Bréfritari: Sigríður Pálsdóttir
Viðtakandi: Páll Pálsson
Dagsetning: A-1870-02-21
Skrifað á: Breiðabólsstað  Rang.
Páll var bróðir Sigríðar

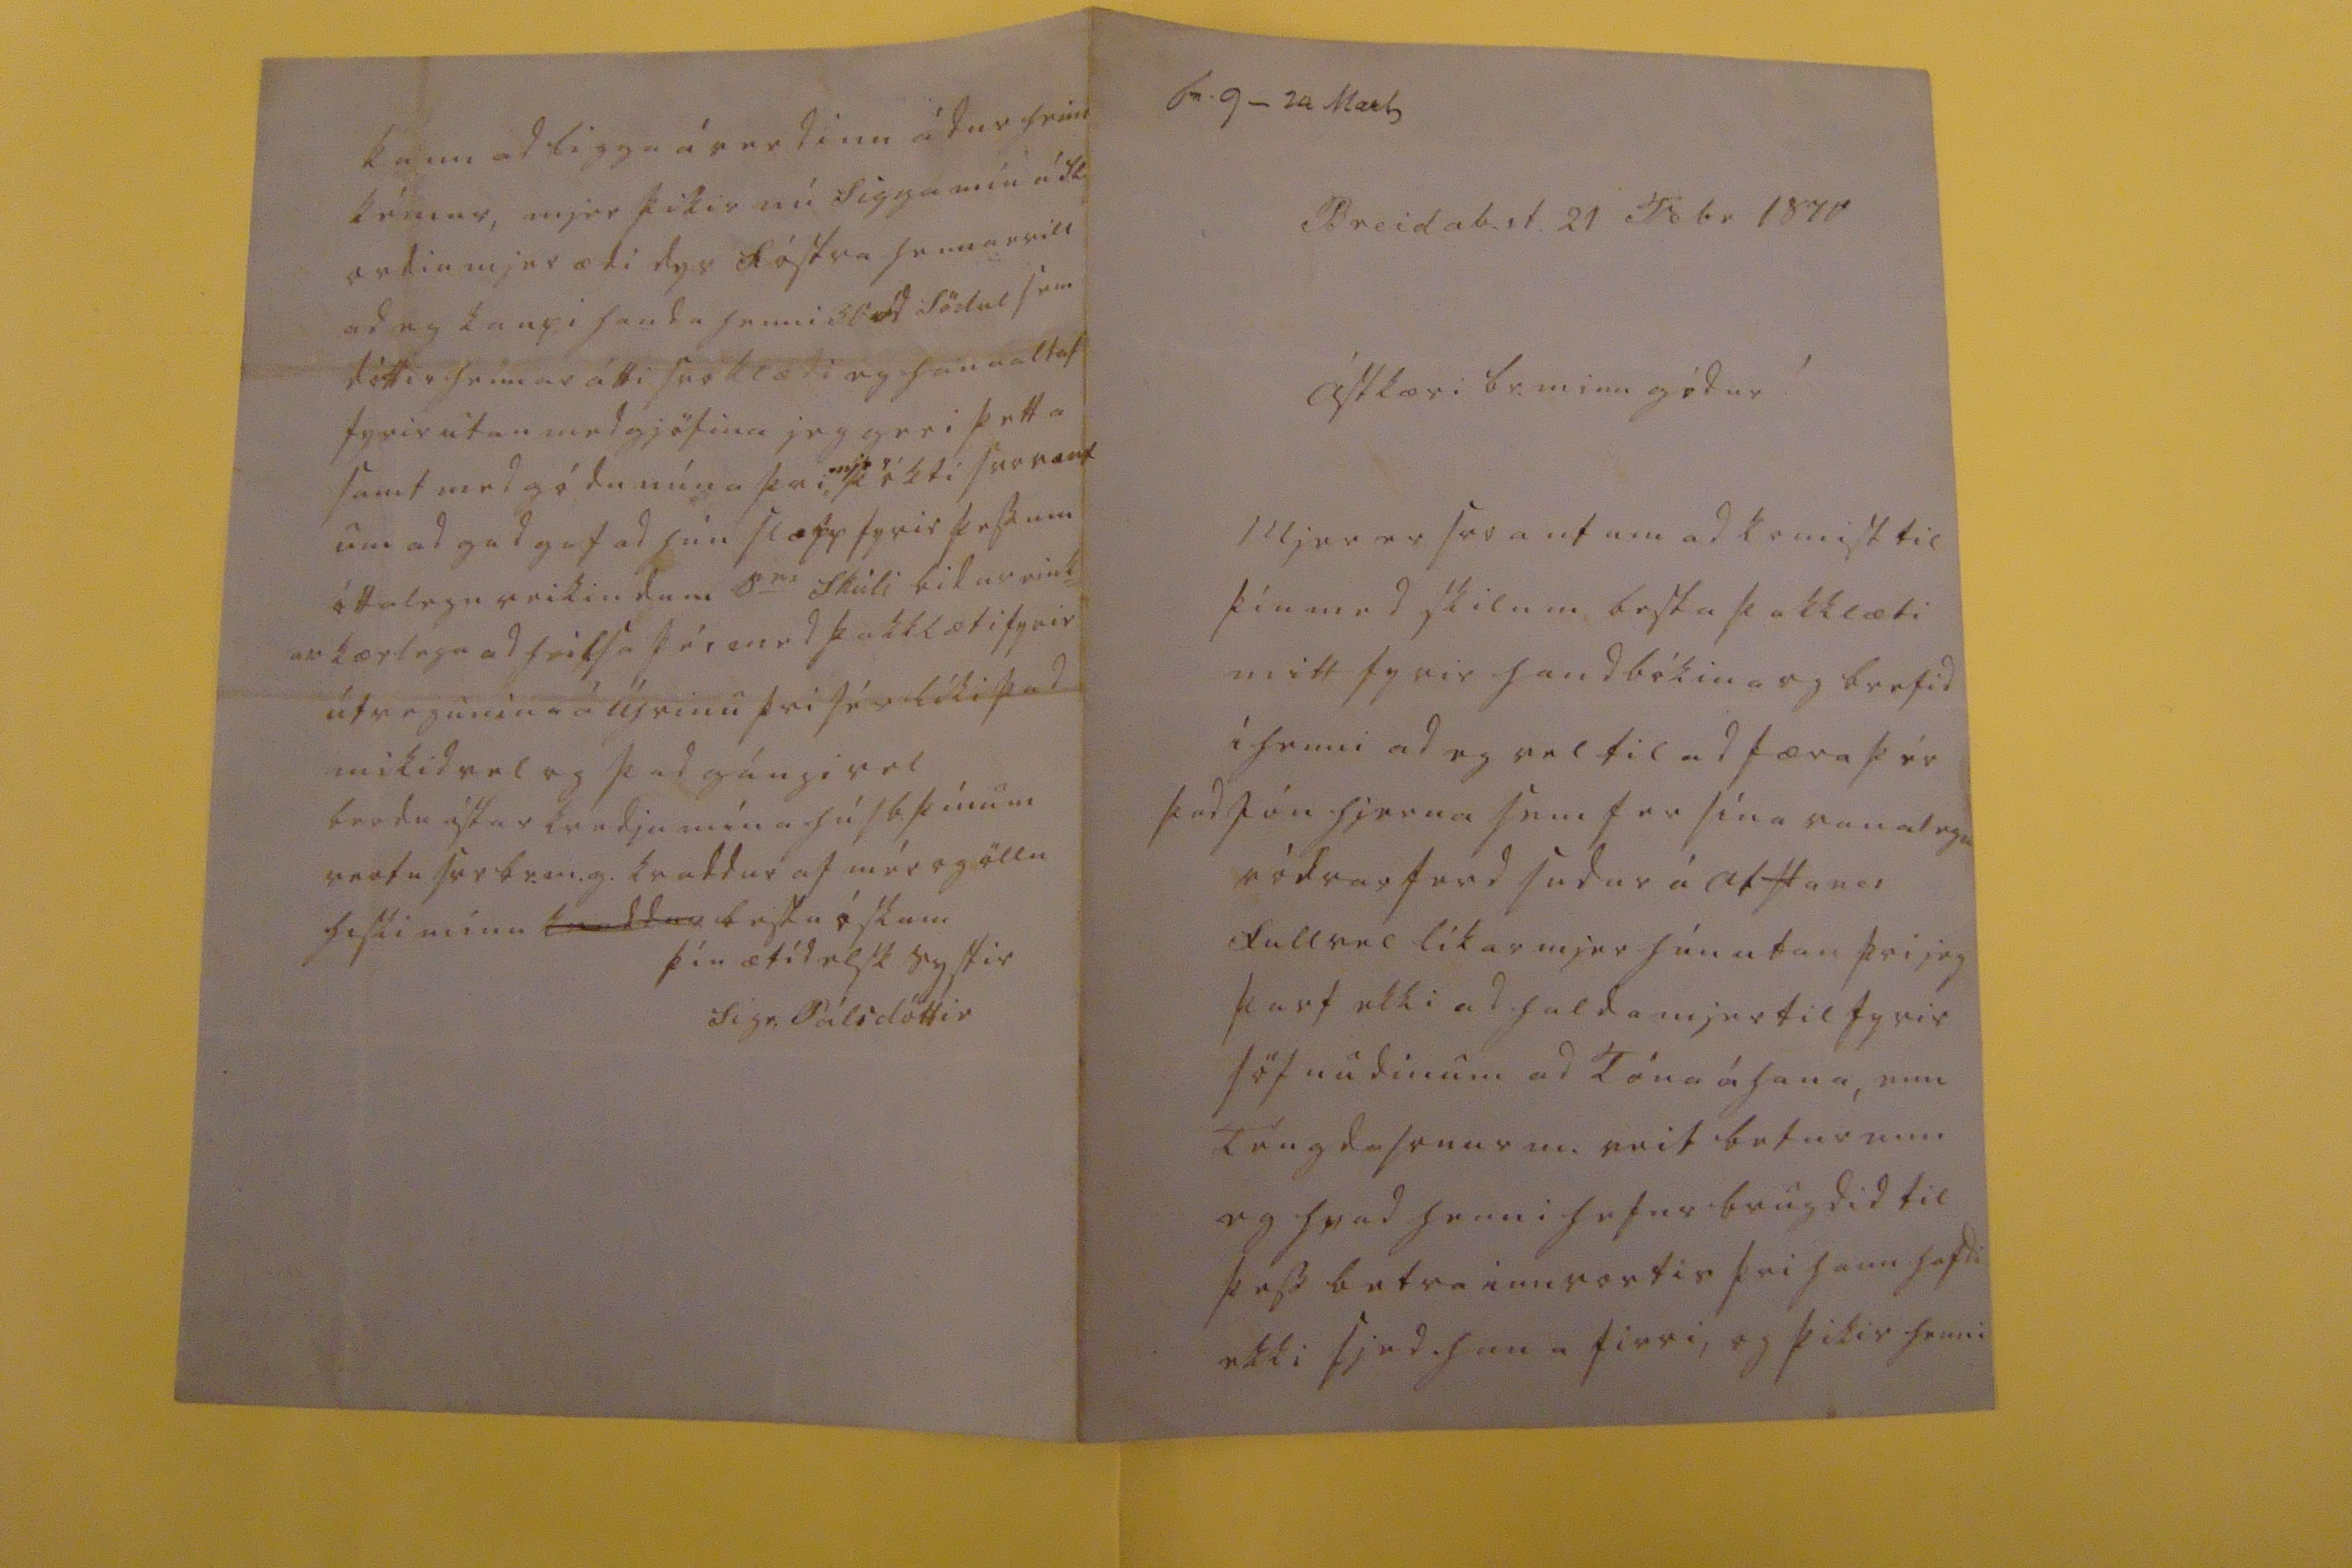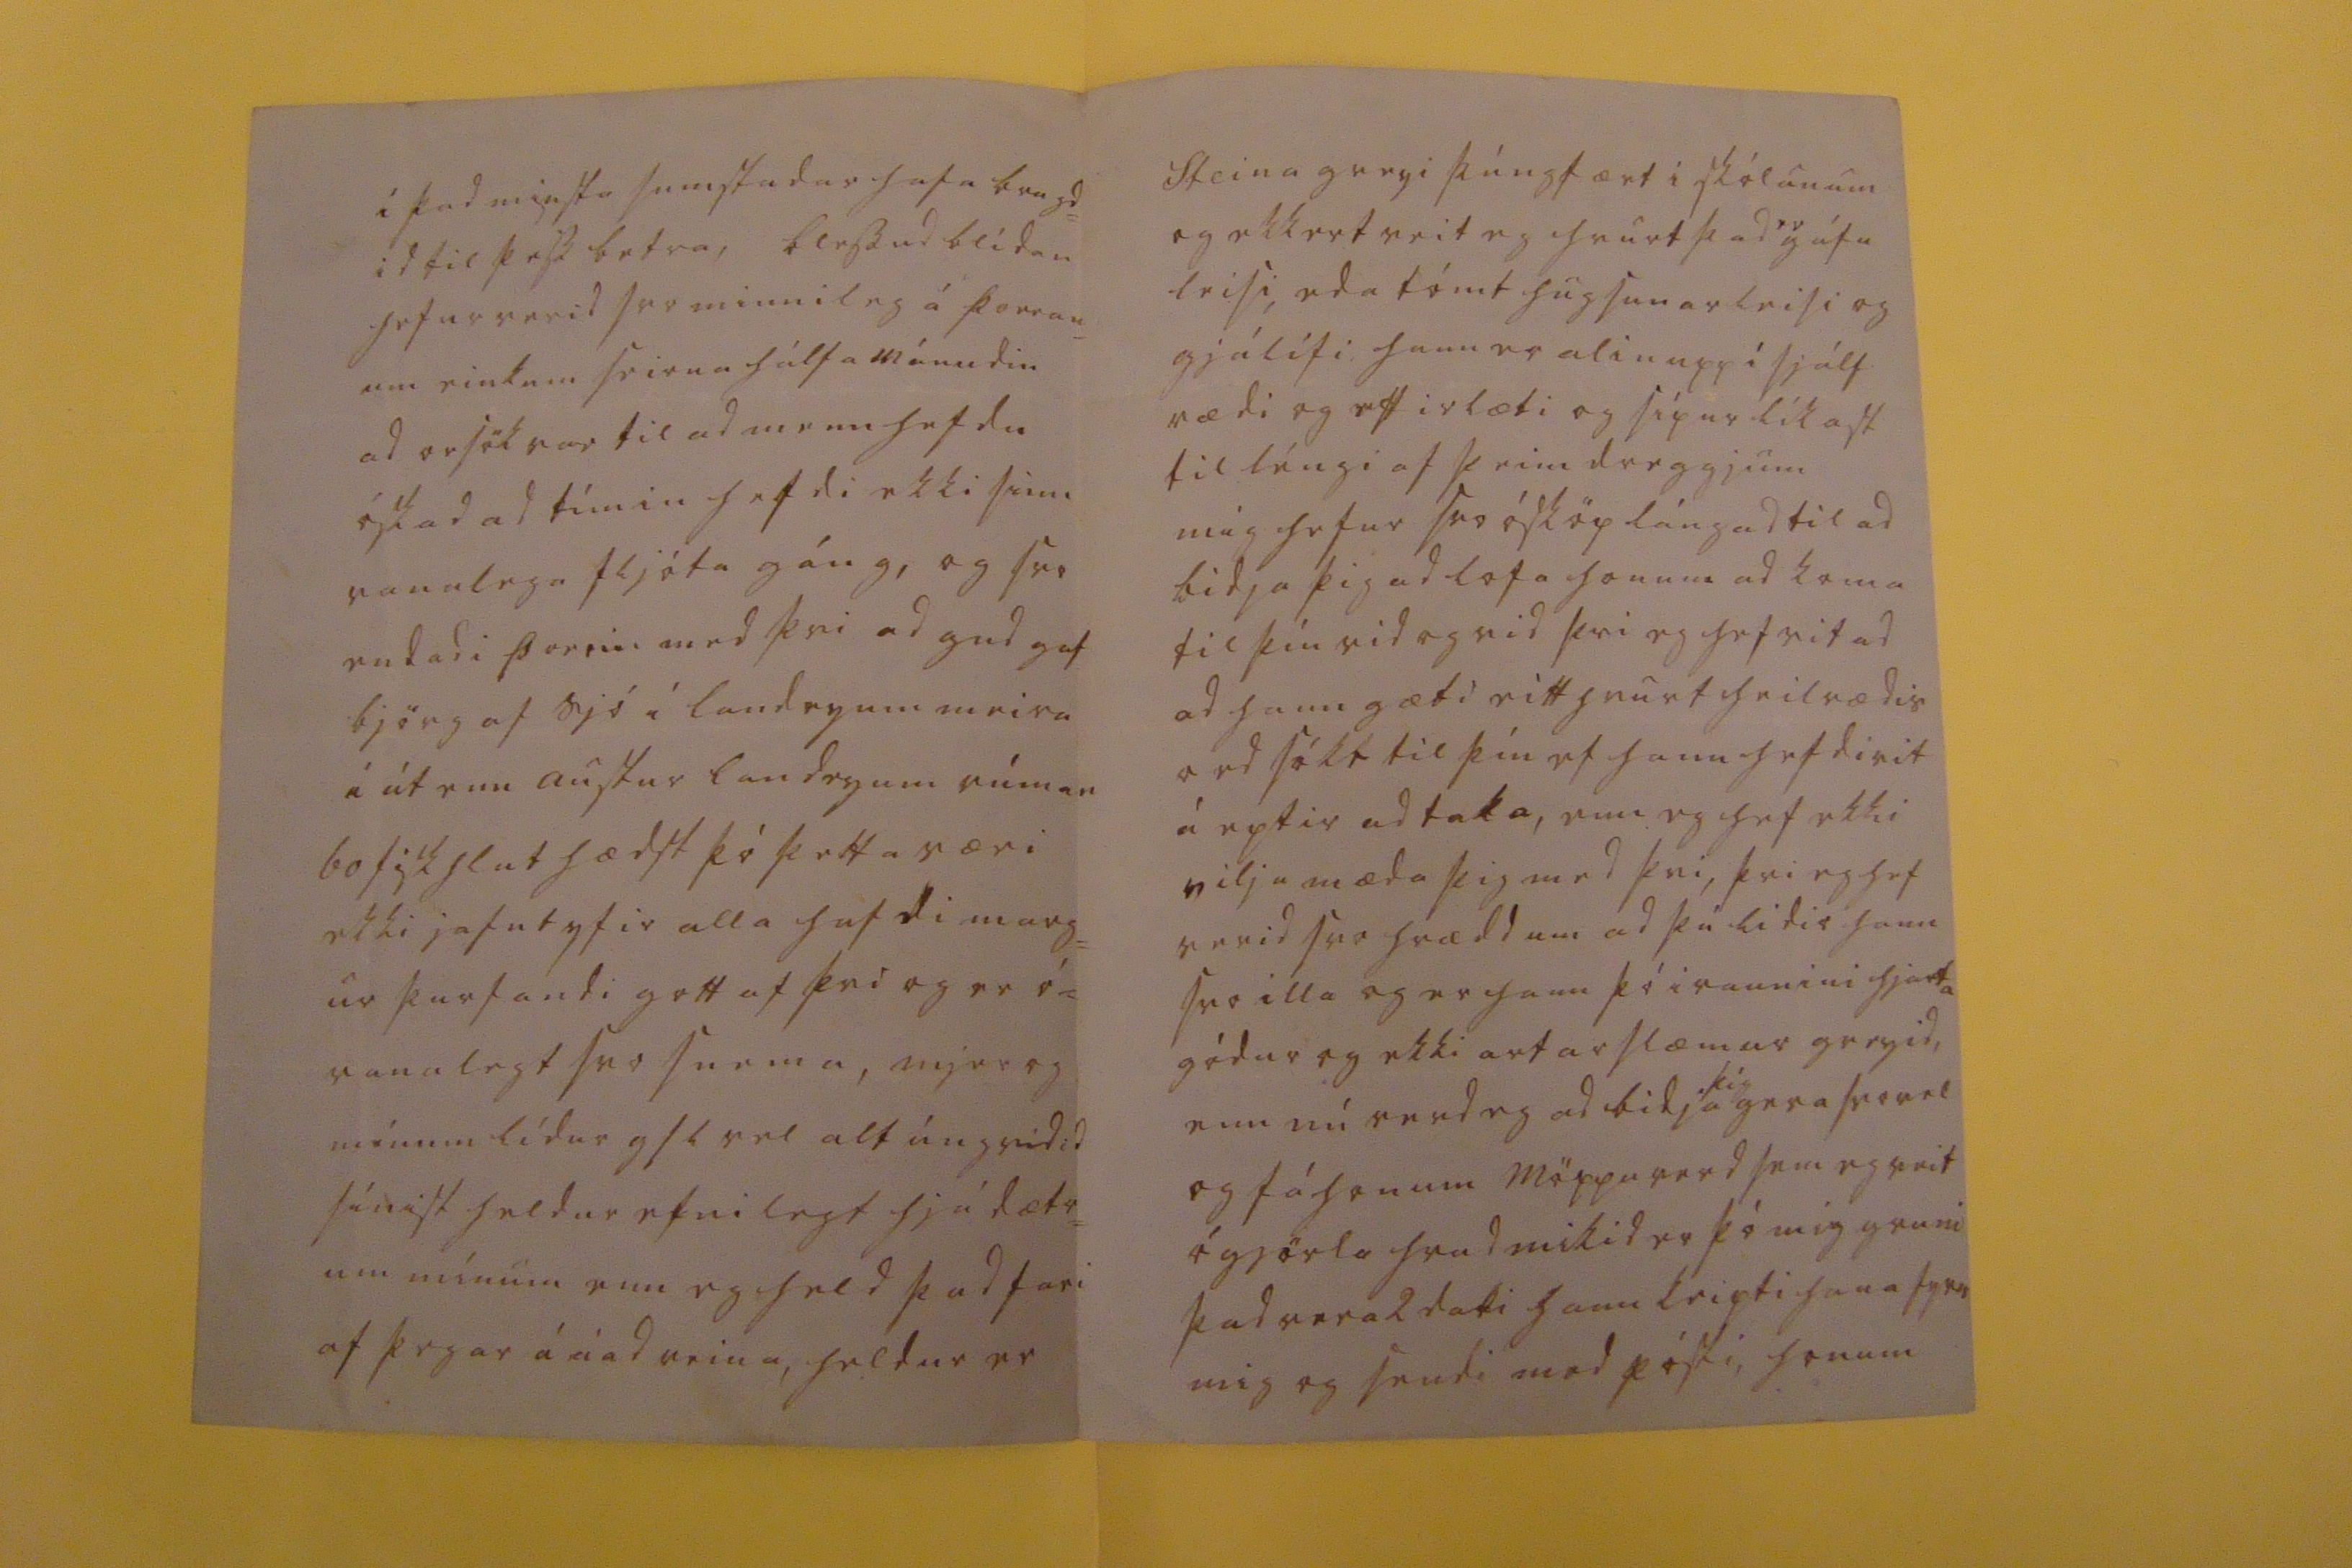

sv. 9 _ 24 Mars
Breidab.st. 21 Febr 1870
ástkæri br. minn gódur!
Mjer er svo ant um ad komist til þín med skilum besta þakklæti mitt fyrir handbókina og brefid í henni ad eg vel til ad færa þér þad Jón hjerna sem fer sína vanalegu ródrarferd sudur á Alftanes fullvel líkar mjer hún utan þvi jeg þarf ekki ad halda mjer til fyrir söfnudinum ad Tóna á hana, enn Téngdasonur m. veit betur enn eg hvad henni hefur brugdid til þess betra innvortis þvi hann hafdi ekki sjed hana firri, og þikir henni
í þad minsta sumstadar hafa brugd= id til þess betra, blessud blídan hefur verid svo minnileg á þorran= um einkum seirna hálfa mánudin ad orsök var til ad menn hefdu óskad ad tímin hefdi ekki sinn vanalega fljóta gáng, og svo endadi þorrin med þvi ad gud gaf björg af sjó í landeyum meira í út enn austur landeyum rúman 60 fiskhlut hædst þó þetta væri ekki jafnt yfir alla hafdi marg= ur þurfandi gott af þvi og er ó= vanalegt svo snema, mjer og mínum lídur g s l vel alt úngvidid sínist heldur efnilegt hjá dætr= um mínum enn eg held þad fari af þegar á á ad reina, heldur er
Steina greyi þúngfært i skólanum og ekkert veit eg hvurt þad
er
gáfu leisi, eda tómt hugsunar leisi og gjálifi hann er alin upp í sjálf rædi og eftirlæti og sípur líkast til léngi af þeim dreggjum mig hefur svo ósköp lángad til ad bidja þig ad lofa honum ad koma til þín vid og vid þvi eg hef vitad ad hann gæti eitthvurt heilrædis ord sókt til þín ef hann hefdi vit á eptir ad taka, enn eg hef ekki vilja mæda þig med þvi, þvi eg hef verid svo hrædd um ad þú lidir hann svo illa og er hann þó i raunini hjarta gódur og ekki arfar slæmur greyid, enn nú verd eg ad bidja
þig
gera svo vel og fá honum möppu verd sem eg veit ógjörla hvad mikid er þó mig gruni þad vera 2 dali hann keipti hana fyrir mig og sendi med pósti, honum
kann ad ligga á verdinu ádur heim kémur, mjer þikir nú Sigga mín á Sl. ordin mjer ædi dyr fóstra hennar vill ad eg kaupi handa henni 30
rd
Södul sem dóttir hennar átti svo klædi eg hana altaf fyrir utan medgjöfina jeg geri þetta samt med gódu núna þvi,
mjer
þókti svo vænt um ad gud gaf ad hún slapp fyrir þessum óttalegu veikindum S
er
Skúli bidur eink= ar kærlega ad heilsa þér med þakklæti fyrir útvegunina á
úrinu
þvi sér líka þad mikid vel og þad gángi vel berdu ástarkvedju mína húsb. þínum vertu svo br.m.g. kvaddur af mér og öllu hiski mínu
kvaddur
bestu óskum
þín ætíd elsk systir
Sigr. Pálsdóttir